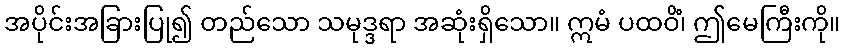
အပိုင်းအခြားပြု၍ တည်သော သမုဒ္ဒရာ အဆုံးရှိသော။ ဣမံ ပထဝိံ၊ ဤမေကြီးကို။